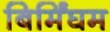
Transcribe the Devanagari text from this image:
बिर्मिंघम